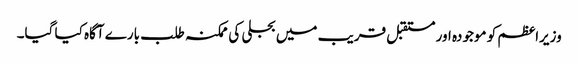
وزیراعظم کو موجودہ اور مستقبل قریب میں بجلی کی ممکنہ طلب بارے آگاہ کیا گیا۔